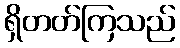
ရှိတတ်ကြသည်